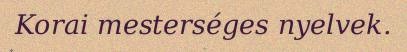
Korai mesterséges nyelvek.